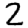
Digit: 2